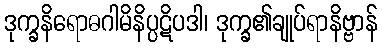
ဒုက္ခနိရောဓဂါမိနိပ္ပဋိပဒါ၊ ဒုက္ခ၏ချုပ်ရာနိဗ္ဗာန်